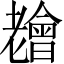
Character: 𦓊